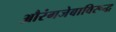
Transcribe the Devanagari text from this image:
औरंगजेबाविरूद्ध